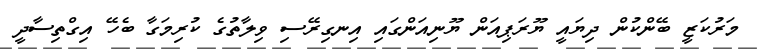
މަރުކަޒީ ބޭންކުން ދިޔައީ ޔޫރަޕިއަން ޔޫނިއަންގައި އިނގިރޭސި ވިލާތުގެ ކުރިމަގާ ބެހޭ އިގްތިސާދީ